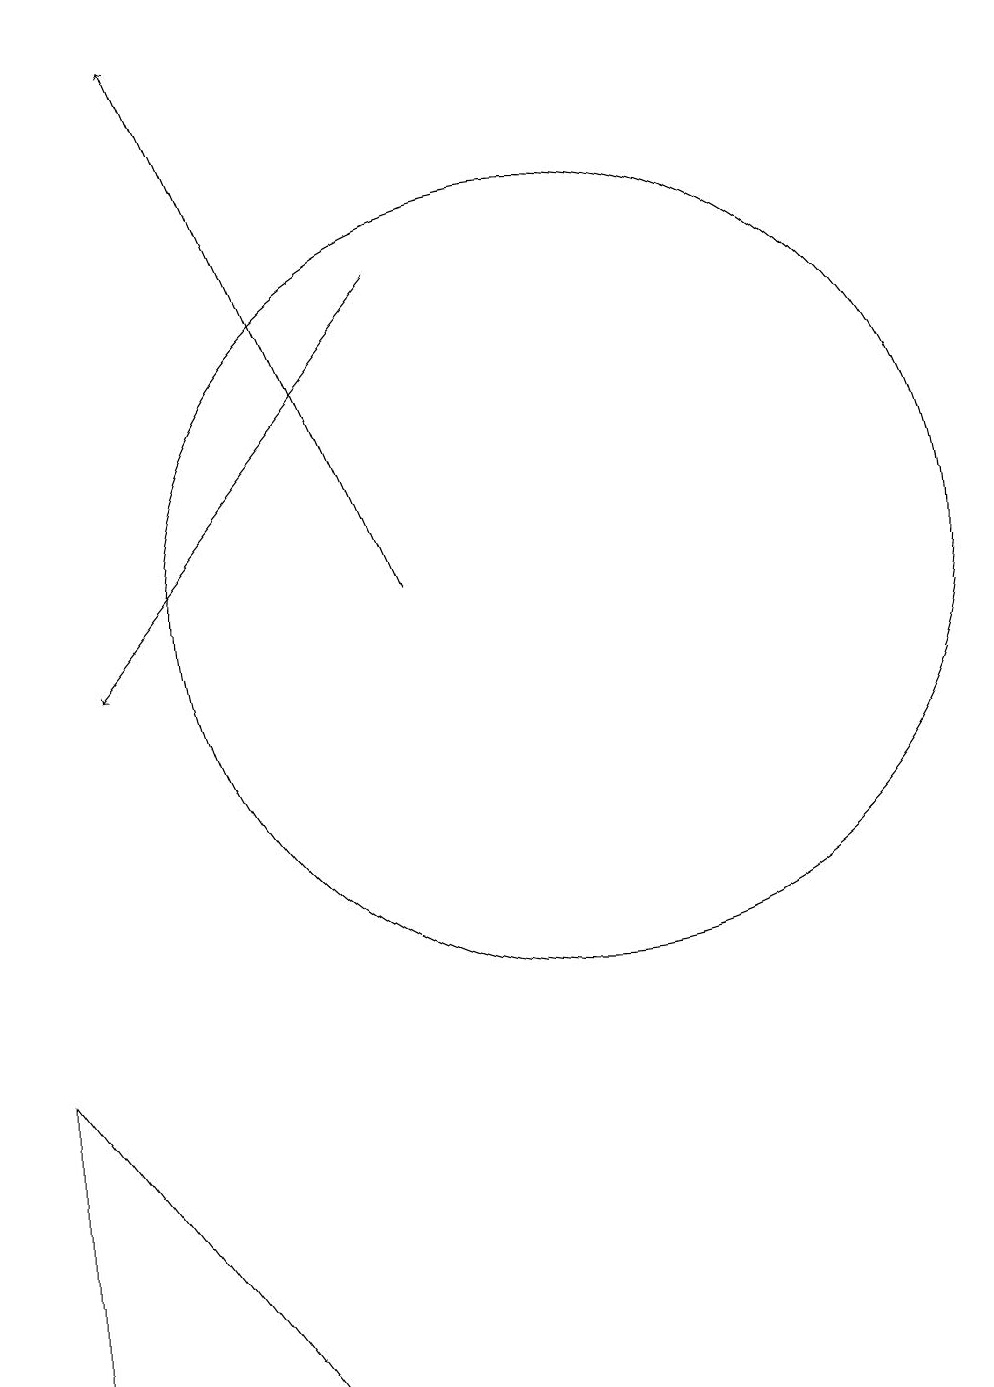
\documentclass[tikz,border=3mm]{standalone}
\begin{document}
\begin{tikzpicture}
\draw (10,12) circle (5);
\draw[->] (8,12) -- (5,19);
\draw (3,2) -- (6,2) -- (3,6) -- cycle;
\draw[->] (8,16) -- (4,11);
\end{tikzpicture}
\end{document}